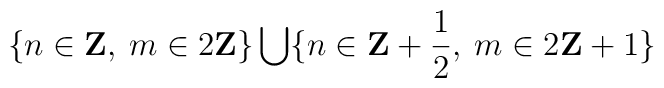
\{n\in \mathbf{Z},\: m\in 2\mathbf{Z}\}\bigcup \{n\in \mathbf{Z}+\frac{1}{2},\: m\in 2\mathbf{Z}+1\}